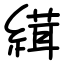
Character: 縙